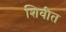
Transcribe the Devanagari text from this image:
शिवीत